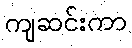
ကျဆင်းကာ